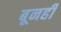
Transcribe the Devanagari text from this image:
बूनही